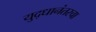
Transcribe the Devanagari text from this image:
युद्धानंतरचा